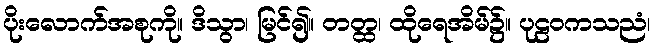
ပိုးလောက်အစုကို။ ဒိသွာ၊ မြင်၍။ တတ္ထ၊ ထိုရေအိမ်၌။ ပုဠဝကသညံ၊